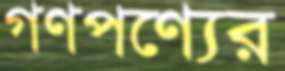
গণপণ্যের